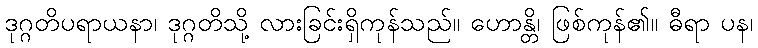
ဒုဂ္ဂတိပရာယနာ၊ ဒုဂ္ဂတိသို့ လားခြင်းရှိကုန်သည်။ ဟောန္တိ၊ ဖြစ်ကုန်၏။ ဓီရာ ပန၊